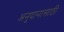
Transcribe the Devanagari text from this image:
अनुदानासाठी